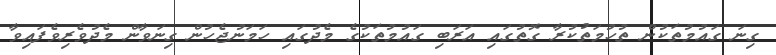
ގިނަ ގައުމުތަކުން ތުހުމަތުކުރާ ގޮތުގައި އަރަބި ގައުމުތަކުގެ މެދުގައި ހަމަނުޖެހުން ގިނަވާން މެދުވެރިވެފައިވާ